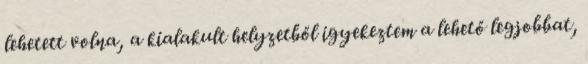
lehetett volna, a kialakult helyzetből igyekeztem a lehető legjobbat,